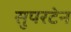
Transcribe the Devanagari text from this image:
सुपरटेन